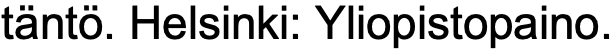
täntö. Helsinki: Yliopistopaino.